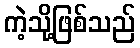
ကဲ့သို့ဖြစ်သည်